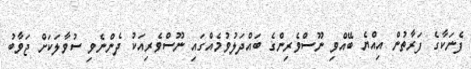
ފެނަކާގެ ފަރާތުން އިއްޔެ ބޭއްވި ނޫސްވެރިންގެ ބައްދަލުވުމެއްގައި ނޫސްވެރިއަކު ދެންނެވި ސުވާލަކަށް ޖަވާބު